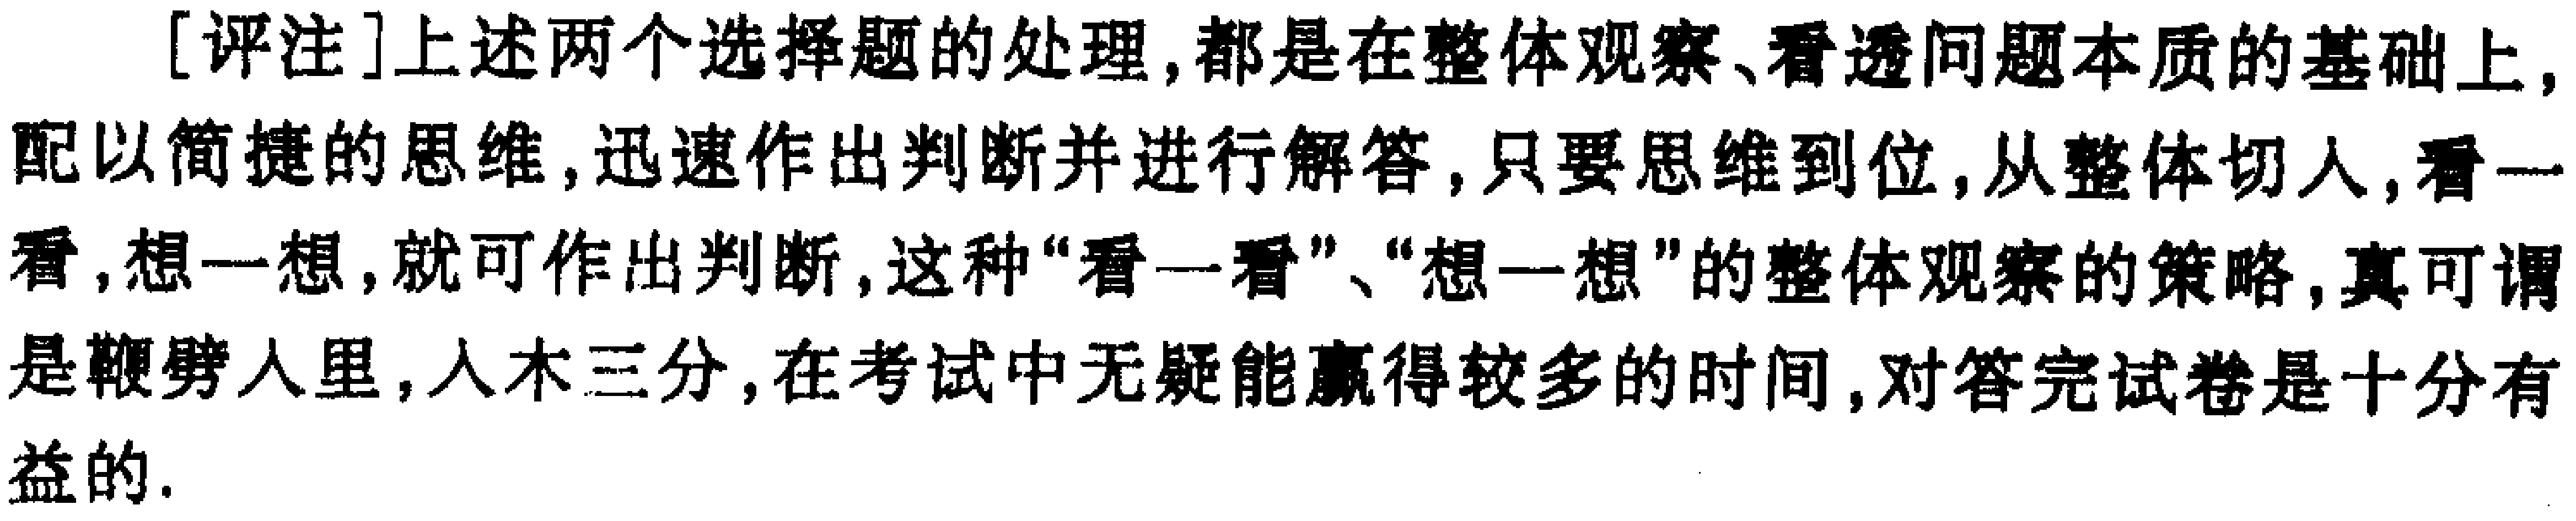
[评注]上述两个选择题的处理,都是在整体观察、看透问题本质的基础上,配以简捷的思维,迅速作出判断并进行解答,只要思维到位,从整体切人,看一看,想一想,就可作出判断,这种“看一看”、“想一想”的整体观察的策略,真可谓是鞭劈入里,入木三分,在考试中无疑能赢得较多的时间,对答完试卷是十分有益的.